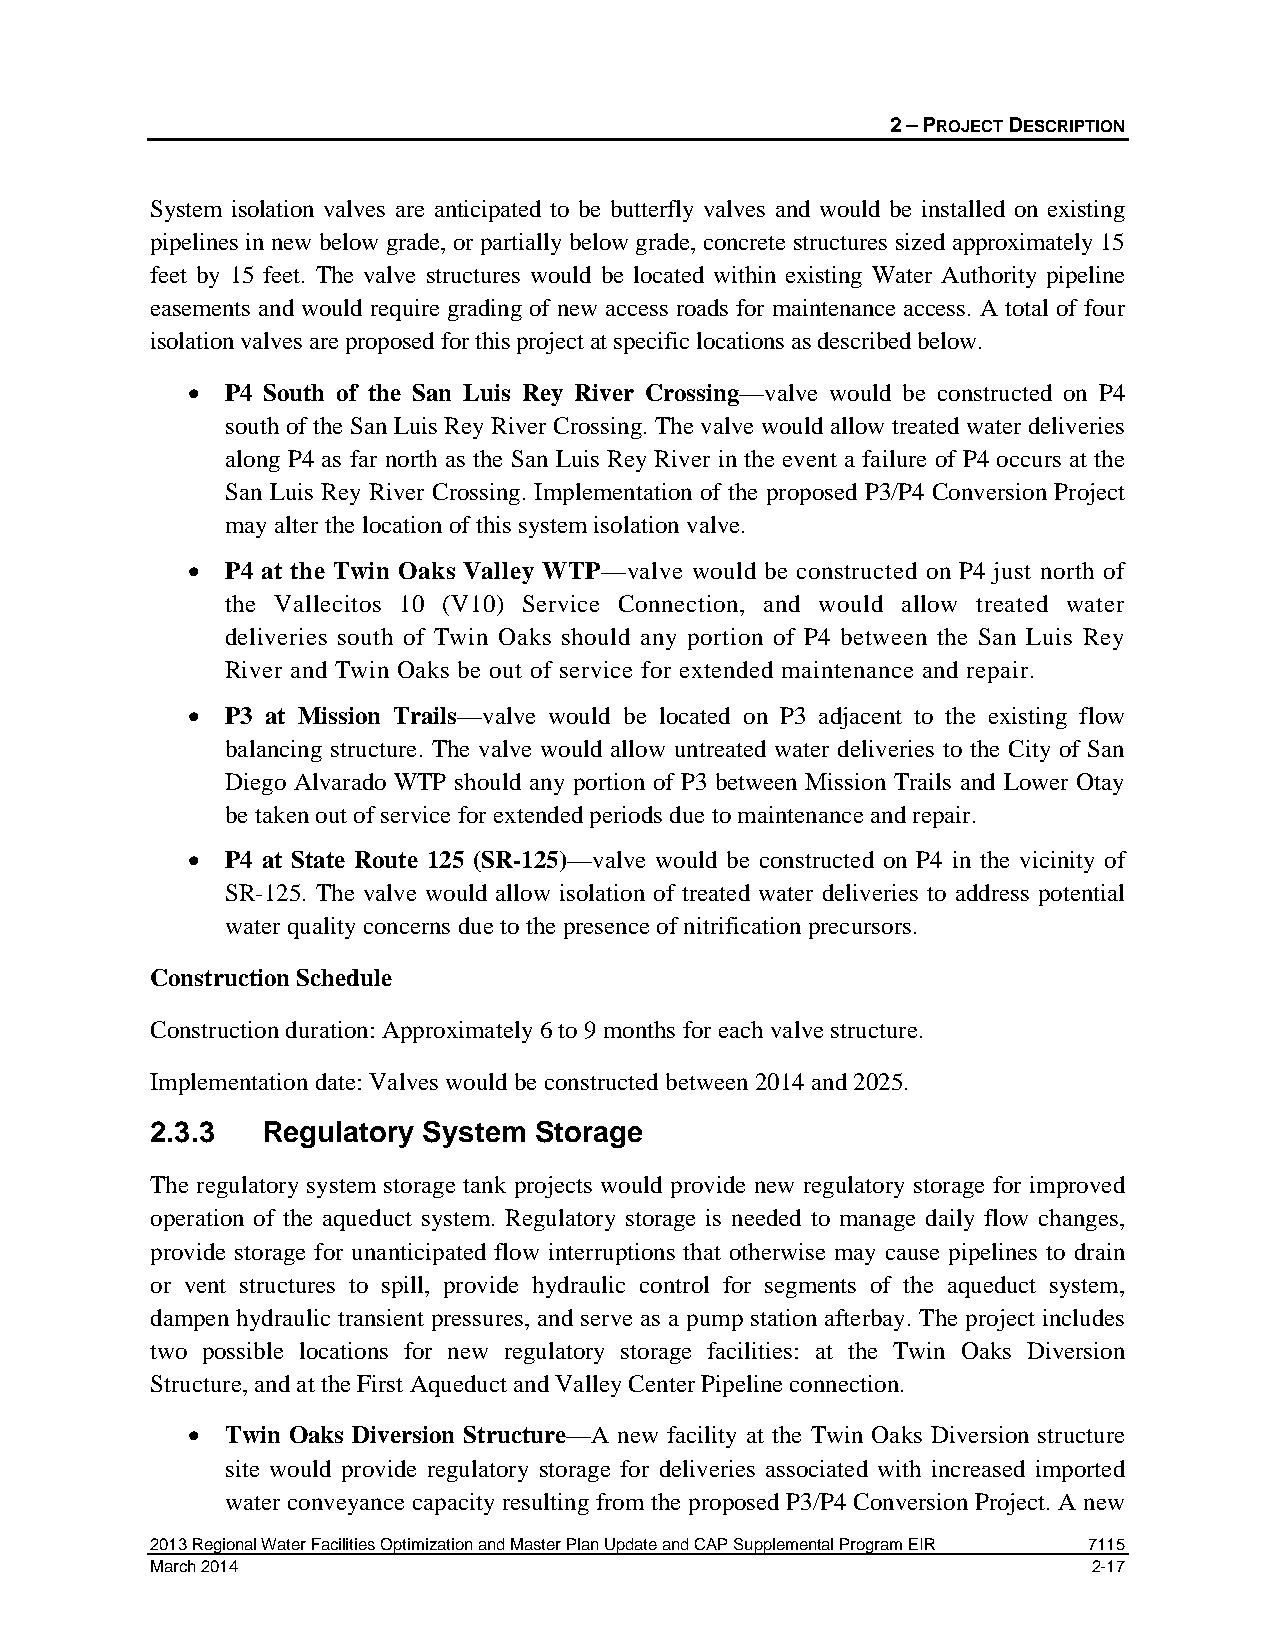
2 – PROJECT DESCRIPTION
 System isolation valves are anticipated to be butterfly valves and would be installed on existing
 pipelines in new below grade, or partially below grade, concrete structures sized approximately 15
 feet by 15 feet. The valve structures would be located within existing Water Authority pipeline
 easements and would require grading of new access roads for maintenance access. A total of four
 isolation valves are proposed for this project at specific locations as described below.
 •  P4 South of the San Luis Rey River Crossing—valve would be constructed on P4
 south of the San Luis Rey River Crossing. The valve would allow treated water deliveries
 along P4 as far north as the San Luis Rey River in the event a failure of P4 occurs at the
 San Luis Rey River Crossing. Implementation of the proposed P3/P4 Conversion Project
 may alter the location of this system isolation valve.
 •  P4 at the Twin Oaks Valley WTP—valve would be constructed on P4 just north of
 the Vallecitos 10 (V10) Service Connection, and would allow treated water
 deliveries south of Twin Oaks should any portion of P4 between the San Luis Rey
 River and Twin Oaks be out of service for extended maintenance and repair.
 •  P3 at Mission Trails—valve would be located on P3 adjacent to the existing flow
 balancing structure. The valve would allow untreated water deliveries to the City of San
 Diego Alvarado WTP should any portion of P3 between Mission Trails and Lower Otay
 be taken out of service for extended periods due to maintenance and repair.
 •  P4 at State Route 125 (SR-125)—valve would be constructed on P4 in the vicinity of
 SR-125. The valve would allow isolation of treated water deliveries to address potential
 water quality concerns due to the presence of nitrification precursors.
 Construction Schedule
 Construction duration: Approximately 6 to 9 months for each valve structure.
 Implementation date: Valves would be constructed between 2014 and 2025.
 2.3.3  Regulatory System Storage
 The regulatory system storage tank projects would provide new regulatory storage for improved
 operation of the aqueduct system. Regulatory storage is needed to manage daily flow changes,
 provide storage for unanticipated flow interruptions that otherwise may cause pipelines to drain
 or vent structures to spill, provide hydraulic control for segments of the aqueduct system,
 dampen hydraulic transient pressures, and serve as a pump station afterbay. The project includes
 two possible locations for new regulatory storage facilities: at the Twin Oaks Diversion
 Structure, and at the First Aqueduct and Valley Center Pipeline connection.
 •  Twin Oaks Diversion Structure—A new facility at the Twin Oaks Diversion structure
 site would provide regulatory storage for deliveries associated with increased imported
 water conveyance capacity resulting from the proposed P3/P4 Conversion Project. A new
 2013 Regional Water Facilities Optimization and Master Plan Update and CAP Supplemental Program EIR 7115
 March 2014                                                    2-17